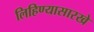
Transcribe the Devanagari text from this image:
लिहिण्यासारखे